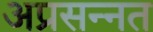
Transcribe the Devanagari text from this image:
अप्रसन्नत